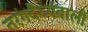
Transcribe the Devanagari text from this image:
तरंगदैर्घ्यवाली